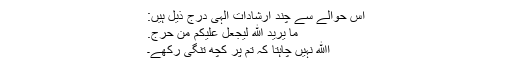
اس حوالے سے چند ارشاداتِ الہٰی درج ذیل ہیں:
مَا يُرِيدُ اللَّهُ لِيَجْعَلَ عَلَيْكُمْ مِنْ حَرَجٍ.
اﷲ نہیں چاہتا کہ تم پر کچھ تنگی رکھے۔